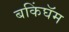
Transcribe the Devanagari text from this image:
बकिंघॅम